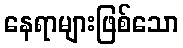
နေရာများဖြစ်သော